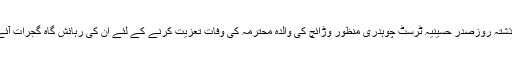
گجرات(جی پی آئی)مرکزی جنرل سیکریٹری شیعہ علما کونسل علامہ عارف حسین واحدی گذشتہ روزصدر حسینیہ ٹرسٹ چوہدری منظور وڑائچ کی والدہ محترمہ کی وفات تعزیت کرنے کے لئے ان کی رہائش گاہ گجرات آئے اور مرحومہ کے ایصال ثواب کے لئے فاتحہ خوانی کی اورگہرے رنج و غم کا اظہار کیا ۔